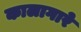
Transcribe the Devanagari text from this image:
कालागारे